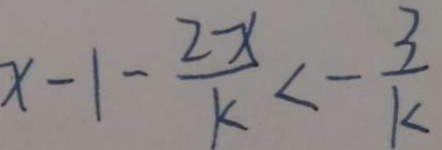
x - 1 - \frac { 2 - x } { k } < - \frac { 3 } { k }